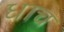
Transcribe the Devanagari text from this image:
धाच